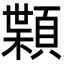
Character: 𩔑